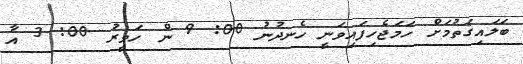
ބަލައިގަތުމަށް ހަމަޖެހިފައިވަނީ ހެނދުނު 00: 9 ން ހަވީރު 00: 3 އާ